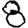
Digit: 8